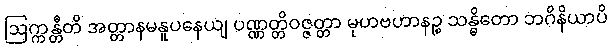
ဩက္ကန္တီတိ အတ္တာနမနူပနေယျ ပဏ္ဏတ္တိဝဇ္ဇတ္တာ မုဟဗဟာနဉ္စ သန္ဓိတော ဘဂိနိယာပိ